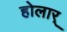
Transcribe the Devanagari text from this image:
होलार्